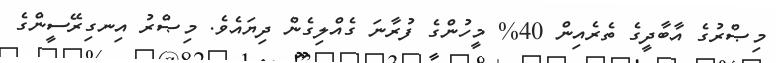
މިޞްރުގެ އާބާދީގެ ތެރެއިން 40% މީހުންގެ ފުރާނަ ގެއްލިގެން ދިޔައެވެ. މިޞްރު އިނގިރޭސީންގެ